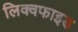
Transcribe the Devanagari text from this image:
लिक्वफाइड